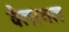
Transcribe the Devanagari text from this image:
वैलाथल